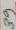
Text: 39